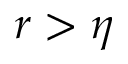
r > \eta